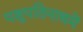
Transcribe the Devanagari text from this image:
पशुपतिनाथमें